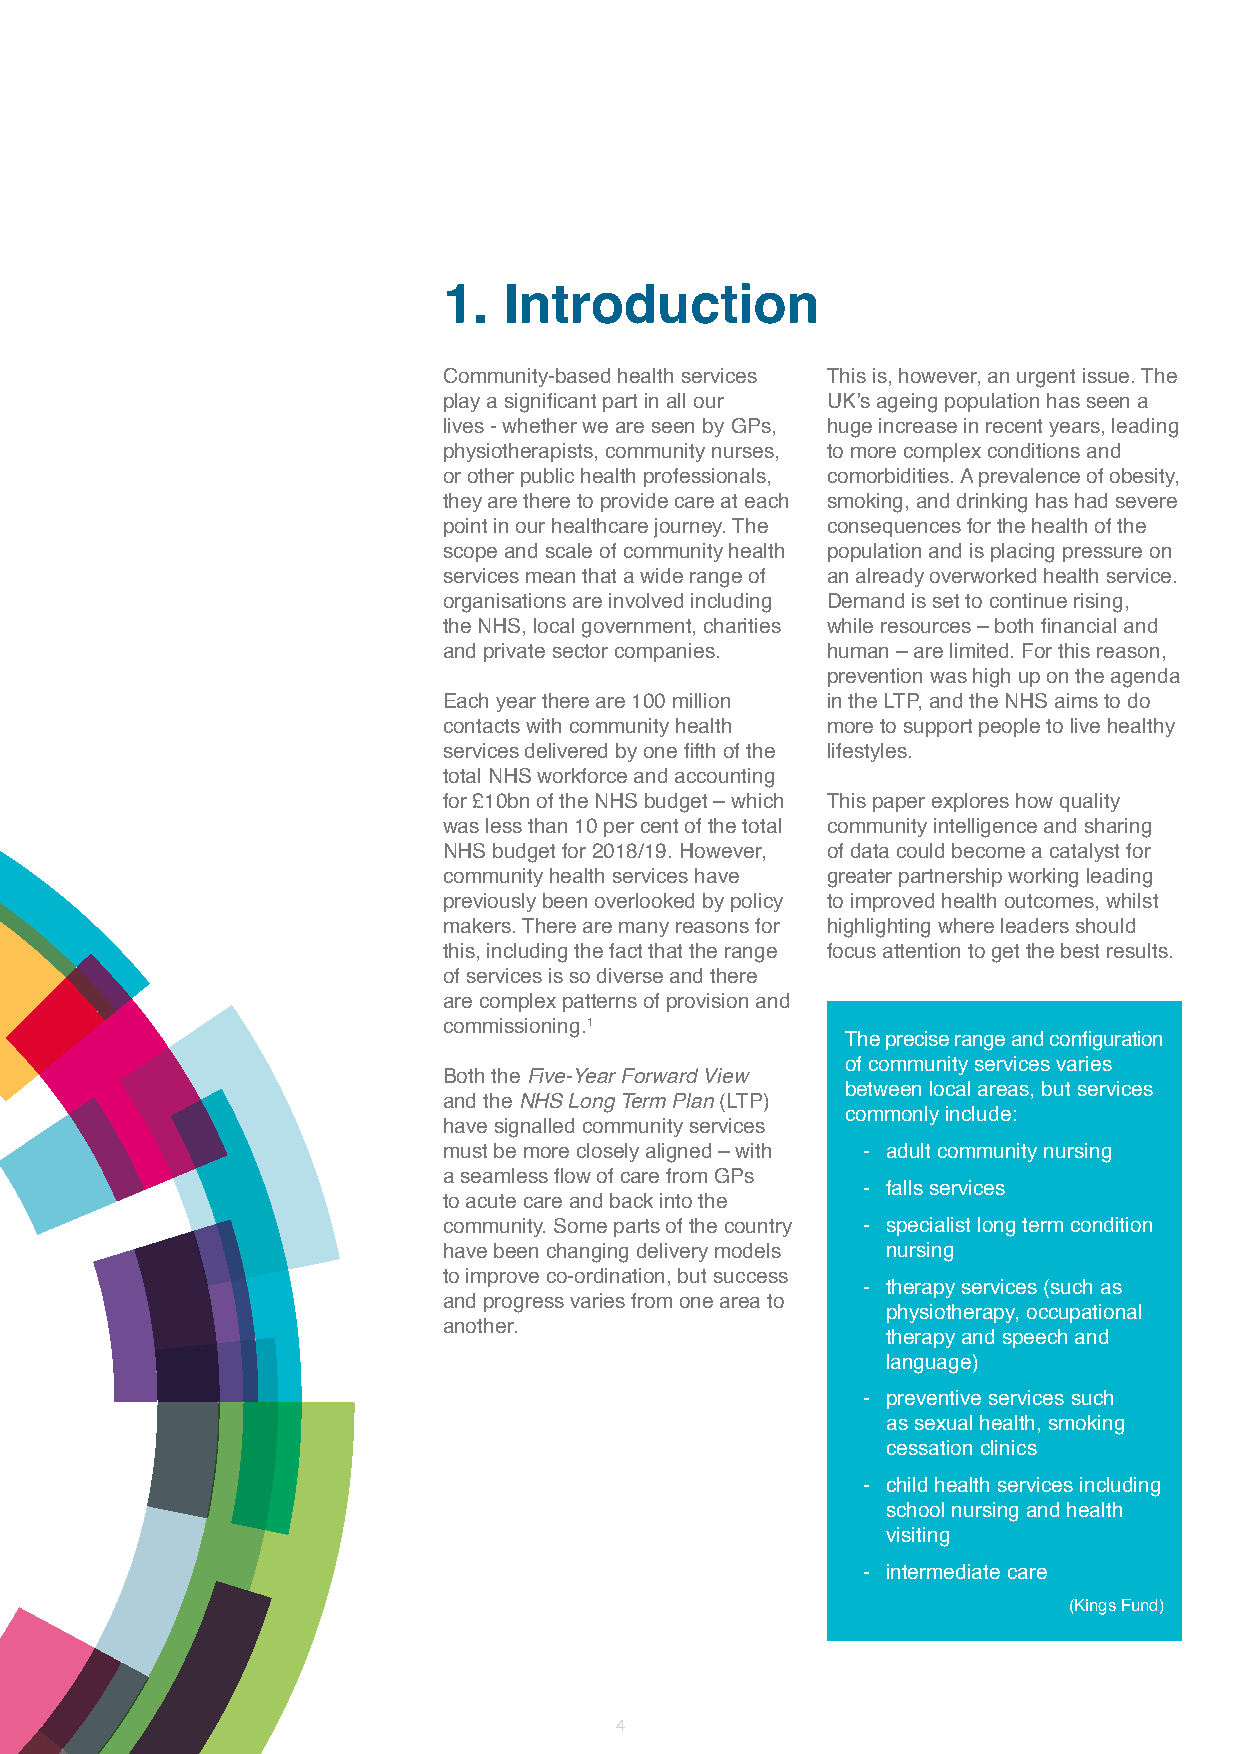
1.  Introduction
 Community-based health services This is, however, an urgent issue. The
 play a significant part in all our UK’s ageing population has seen a
 lives - whether we are seen by GPs, huge increase in recent years, leading
 physiotherapists, community nurses, to more complex conditions and
 or other public health professionals, comorbidities. A prevalence of obesity,
 they are there to provide care at each smoking, and drinking has had severe
 point in our healthcare journey. The consequences for the health of the
 scope and scale of community health population and is placing pressure on
 services mean that a wide range of an already overworked health service.
 organisations are involved including Demand is set to continue rising,
 the NHS, local government, charities while resources – both financial and
 and private sector companies. human – are limited. For this reason,
 prevention was high up on the agenda
 Each year there are 100 million in the LTP, and the NHS aims to do
 contacts with community health more to support people to live healthy
 services delivered by one fifth of the lifestyles.
 total NHS workforce and accounting
 for £10bn of the NHS budget – which This paper explores how quality
 was less than 10 per cent of the total community intelligence and sharing
 NHS budget for 2018/19. However, of data could become a catalyst for
 community health services have greater partnership working leading
 previously been overlooked by policy to improved health outcomes, whilst
 makers. There are many reasons for highlighting where leaders should
 this, including the fact that the range focus attention to get the best results.
 of services is so diverse and there
 are complex patterns of provision and
 commissioning.1
 The precise range and configuration
 of community services varies
 Both the Five-Year Forward View
 between local areas, but services
 and the NHS Long Term Plan (LTP)
 commonly include:
 have signalled community services
 must be more closely aligned – with - adult community nursing
 a seamless flow of care from GPs
 - falls services
 to acute care and back into the
 community. Some parts of the country - specialist long term condition
 have been changing delivery models nursing
 to improve co-ordination, but success
 - therapy services (such as
 and progress varies from one area to
 physiotherapy, occupational
 another.
 therapy and speech and
 language)
 - preventive services such
 as sexual health, smoking
 cessation clinics
 - child health services including
 school nursing and health
 visiting
 - intermediate care
 (Kings Fund)
 4